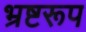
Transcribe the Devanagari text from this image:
भ्रष्टरूप